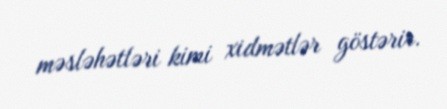
məsləhətləri kimi xidmətlər göstərir.